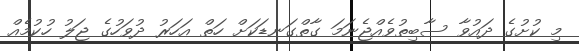
މި ކުށުގެ ދައުވާ ސާބިތުވެއްޖެނަމަ ގާތްގަނޑަކަށް ހަތް އަހަރު ދުވަހުގެ ޖަލު ހުކުމެއް